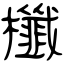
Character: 櫼